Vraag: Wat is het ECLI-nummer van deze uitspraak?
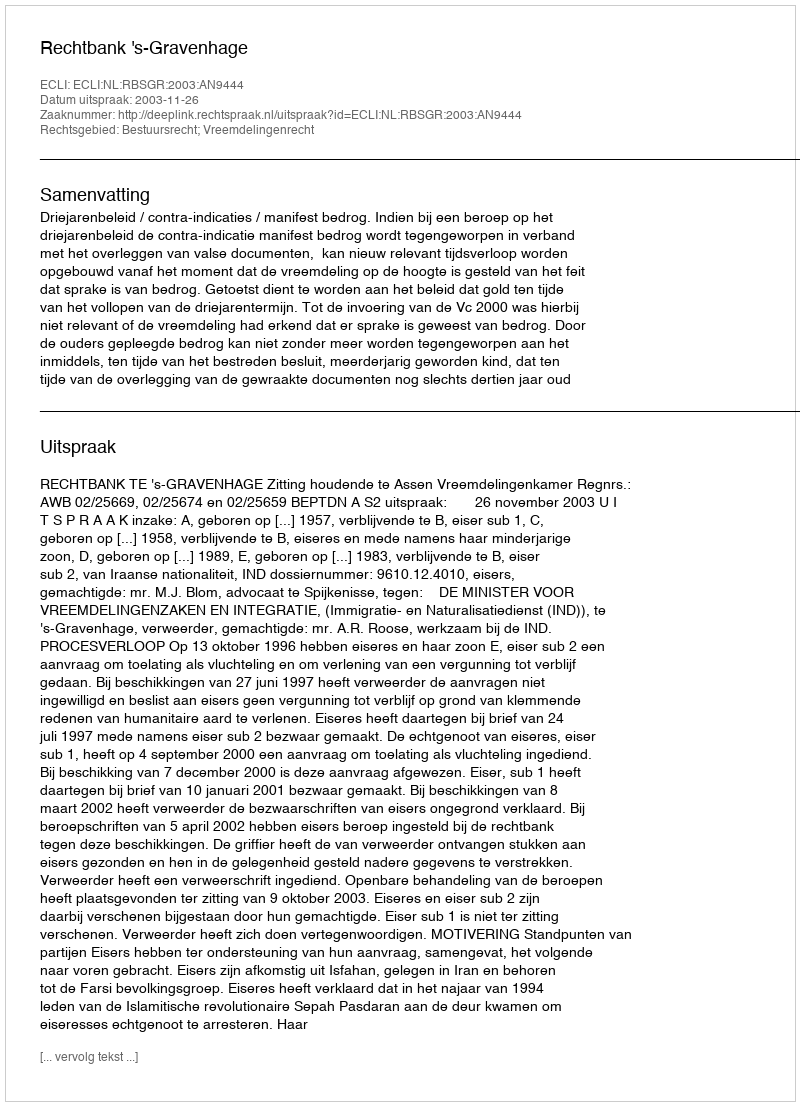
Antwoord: ECLI:NL:RBSGR:2003:AN9444